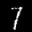
Label: 7